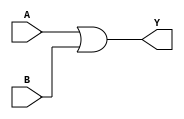
// 74x32 - Quad input OR Gate. Gates 1,2 and 3
module MOD_74x32_3 (
    input [0:2] A,
    input [0:2] B,
    output [0:2] Y);

assign Y = A | B;


endmodule

module MOD_74x32_3_SPLIT (
    input [0:2] A,
    input [0:2] B,
    output [0:2] Y);

assign Y[0] = A[0] | B[0];
assign Y[1] = A[1] | B[1];
assign Y[2] = A[2] | B[2];


endmodule